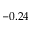
- 0 . 2 4